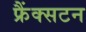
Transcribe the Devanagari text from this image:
फ्रैंक्सटन